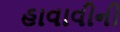
હાવાવીની